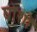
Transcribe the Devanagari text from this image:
घोशों